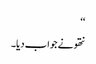
‘‘
نتھو نے جواب دیا۔